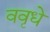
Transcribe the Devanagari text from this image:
ववृधे